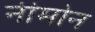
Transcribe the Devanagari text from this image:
नीमोन